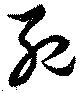
死